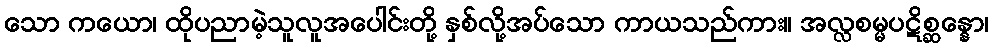
သော ကယော၊ ထိုပညာမဲ့သူလူအပေါင်းတို့ နှစ်လို့အပ်သော ကာယသည်ကား။ အလ္လစမ္မပဋိစ္ဆန္နော၊